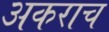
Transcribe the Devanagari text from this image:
अकराच